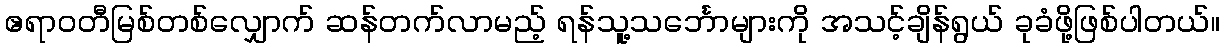
ဧရာဝတီမြစ်တစ်လျှောက် ဆန်တက်လာမည့် ရန်သူ့သင်္ဘောများကို အသင့်ချိန်ရွယ် ခုခံဖို့ဖြစ်ပါတယ်။